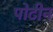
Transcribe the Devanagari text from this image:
पोटीन